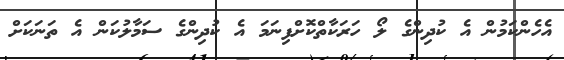
އެހެންކަމުން އެ ކުދިންގެ ލޯ ހަރަކާތްކޮށްފިނަމަ އެ ކުދިންގެ ސަމާލުކަން އެ ތަނަކަށް